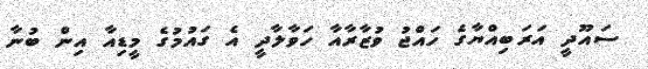
ސައޫދީ އަރަބިއްޔާގެ ހައްޖު ވުޒާރާއާ ހަވާލާދީ އެ ގައުމުގެ މީޑިއާ އިން ބުނާ